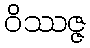
ဝိဿဇ္ဇ